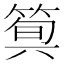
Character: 𥯗